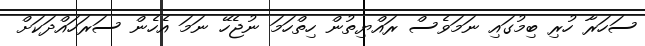
ސަހަރާ ހުރި ބިމުގައި ނަމަވެސް ރައްޔިތުން ހިތްހަމަ ނުޖެހޭ ނަމަ އެހެން ސަރަހައްދަކަށް